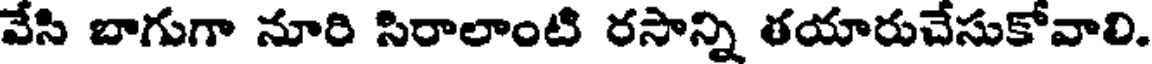
వేసి బాగుగా నూరి సిరాలాంటి రసాన్ని తయారుచేసుకోవాలి.